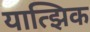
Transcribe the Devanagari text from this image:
यात्झिक